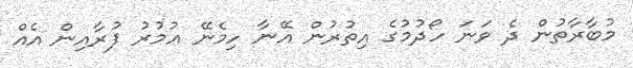
މުބާރާތުން ދެ ވަނަ ހޯދުމުގެ އިތުރުން އޭނާ ހިމެނޭ އުމުރު ފުރާއިން އެއް